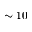
\sim 1 0